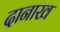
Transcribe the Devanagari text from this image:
दानाख